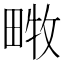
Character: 𤲧